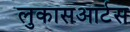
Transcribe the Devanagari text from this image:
लुकासआर्टस